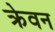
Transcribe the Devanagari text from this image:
क्रेवन